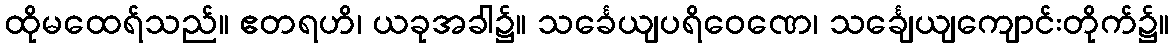
ထိုမထေရ်သည်။ ဧတရဟိ၊ ယခုအခါ၌။ သင်္ခေယျပရိဝေဏေ၊ သင်္ချေယျကျောင်းတိုက်၌။